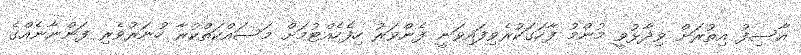
އާސިފު އިތުރަށް ވިދާޅުވީ މުންމު ފާހަގަކުރެވިފައިވަނީ ފެންވަރު ހިފެހެއްޓުމަށް މަސައްކަތްކުރާ ހުނަރުވެރި ފަންނާނެއްގެ